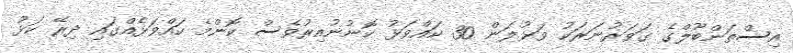
އިސްތަންބޫލްގެ ގަވަރުނަރަކު ވަޅުލަން 30 ކައްވަޅު ކޮނުނުއިރުވެސް ކޮންމެ ކައްވަޅެއްގައި ދިރޭ ކަޅު